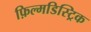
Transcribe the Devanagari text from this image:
फ़िल्मडिस्ट्रिक